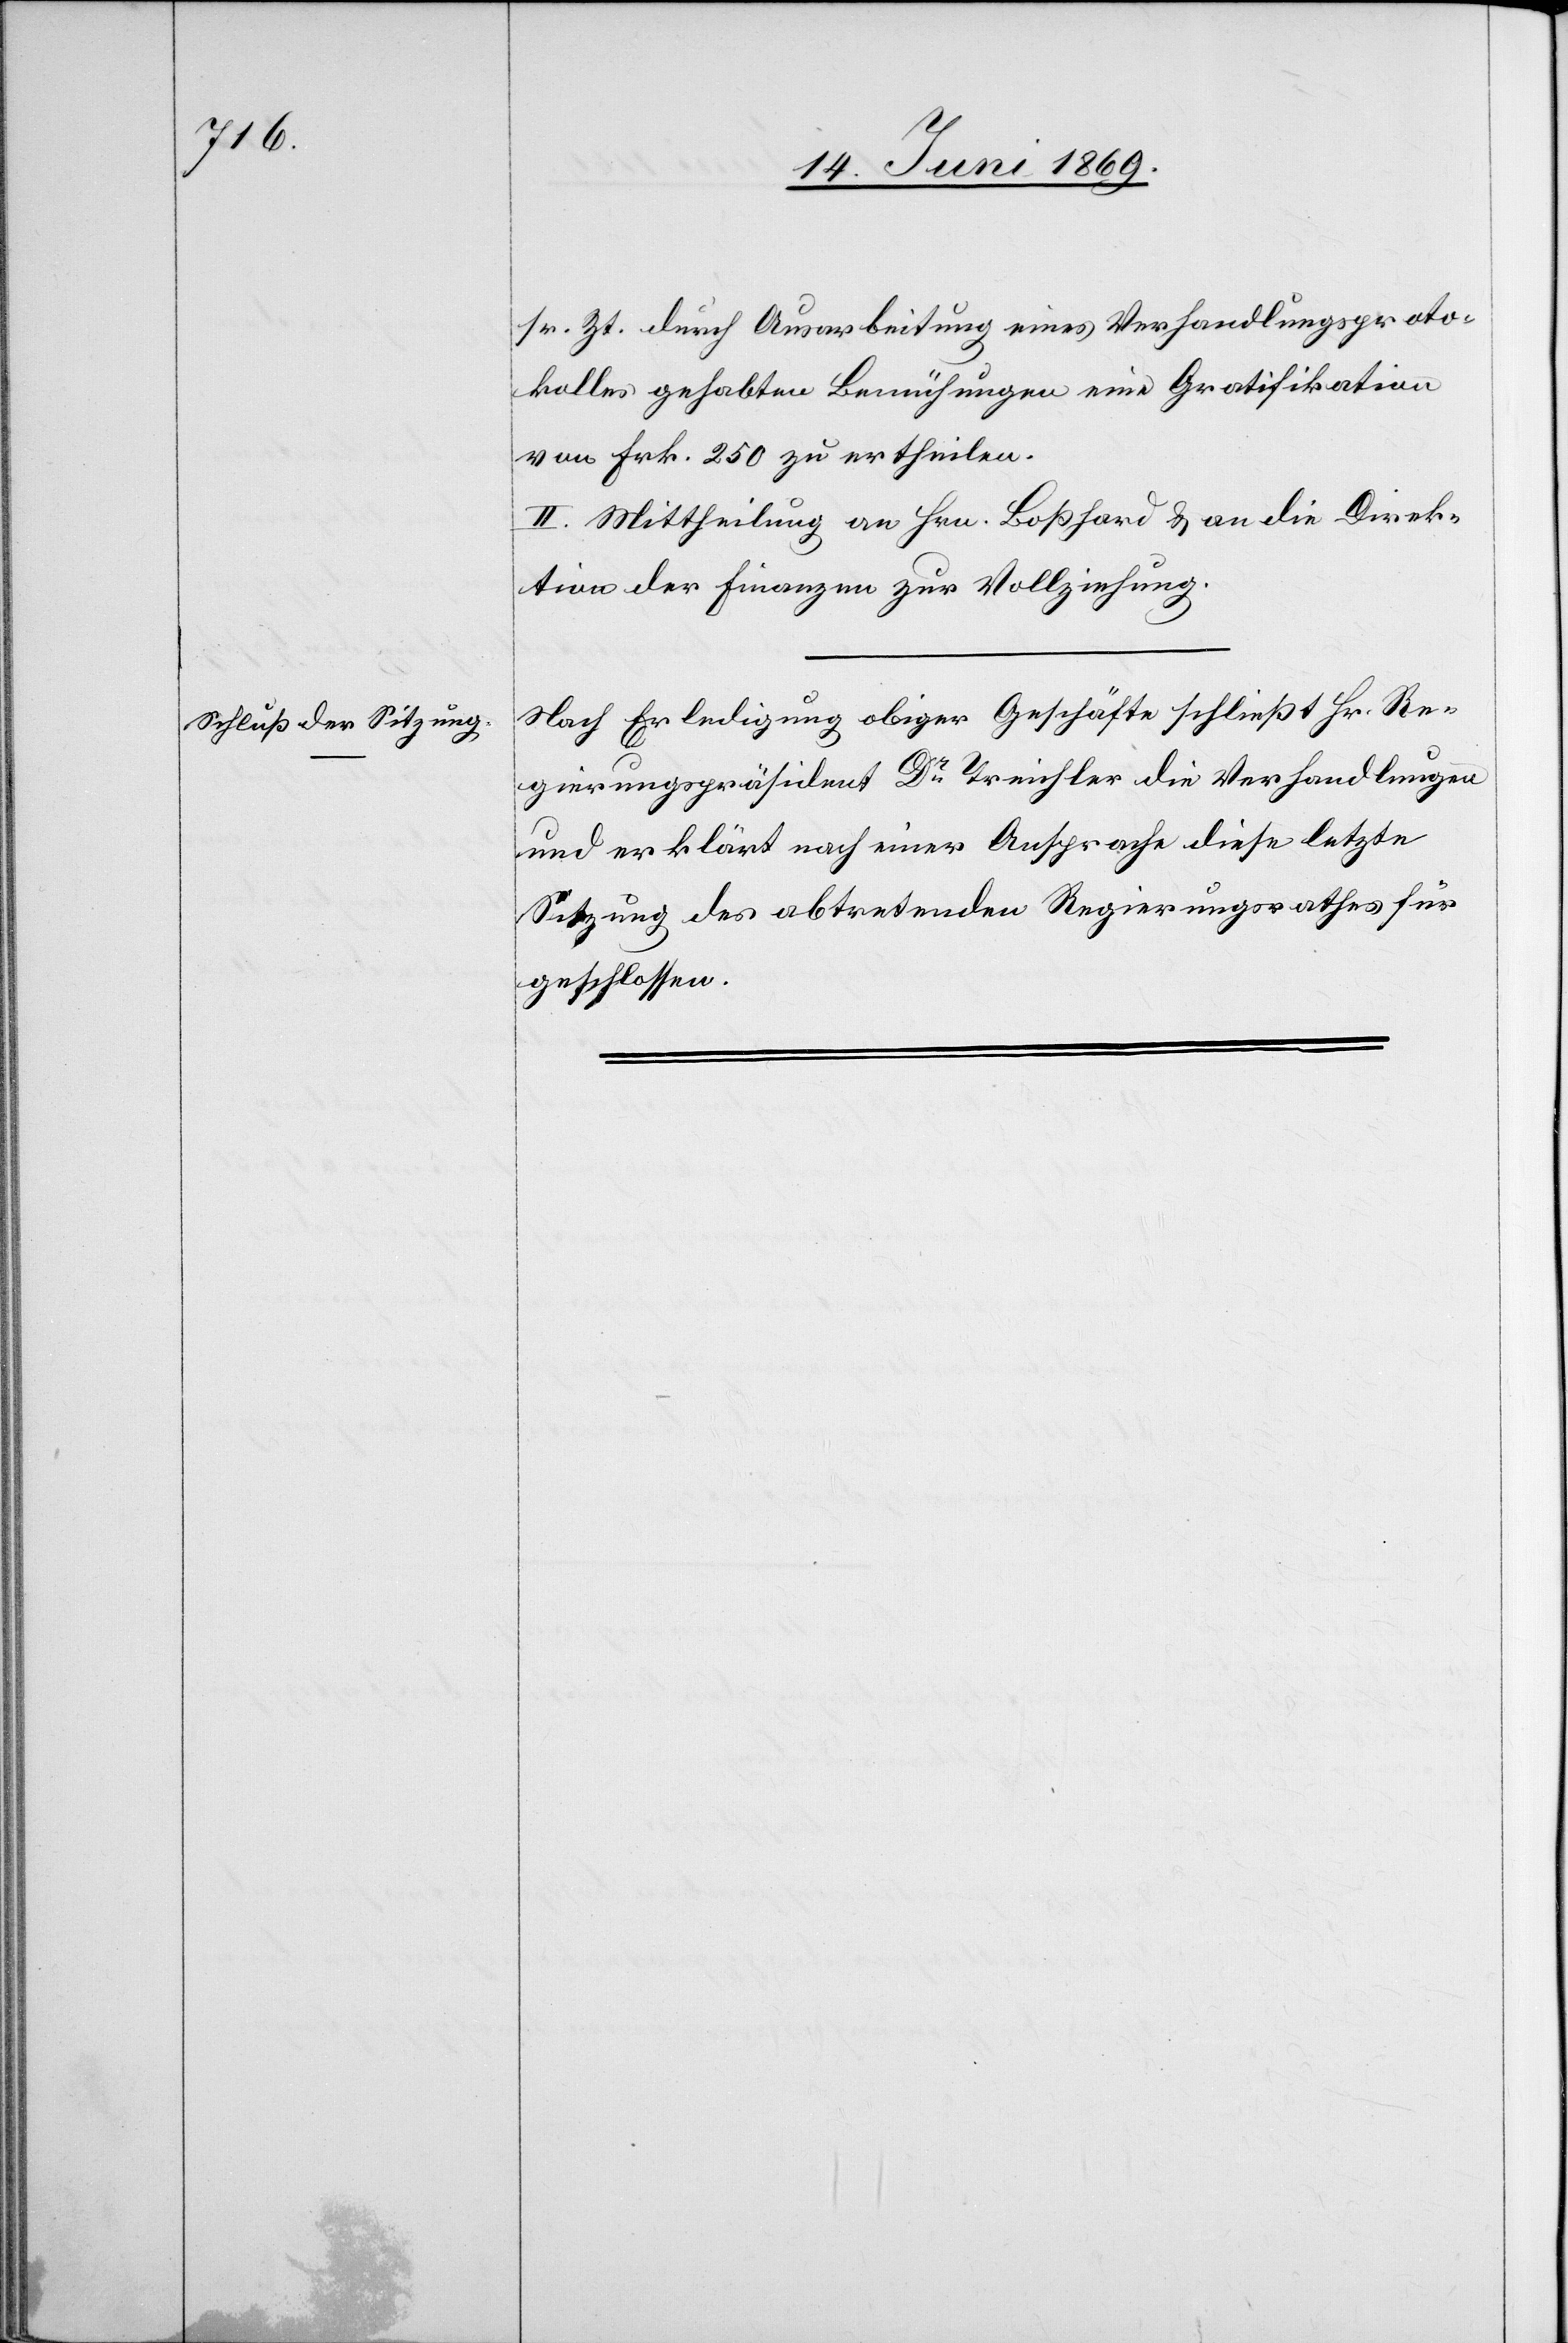
sr. Zt. durch Ausarbeitung eines Verhandlungsproto¬
kolles gehabten Bemühungen eine Gratifikation
von Frk. 250 zu ertheilen.
II. Mittheilung an Hrn. Boßhard u. an die Direk¬
tion der Finanzen zur Vollziehung.
Nach Erledigung obiger Geschäfte schließt Hr. Re¬
gierungspräsident Dr Treichler die Verhandlungen
und erklärt nach einer Ansprache diese letzte
Sitzung des abtretenden Regierungsrathes für
geschlossen.